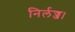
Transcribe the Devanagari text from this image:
निर्लज्ज।